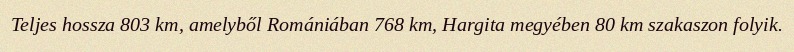
Teljes hossza 803 km, amelyből Romániában 768 km, Hargita megyében 80 km szakaszon folyik.